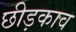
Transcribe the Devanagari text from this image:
छीड़काव